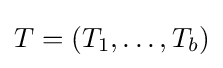
T=(T_{1},\ldots ,T_{b})